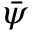
\bar { \psi }